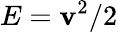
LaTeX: E=\mathbf{v}^{2}/2